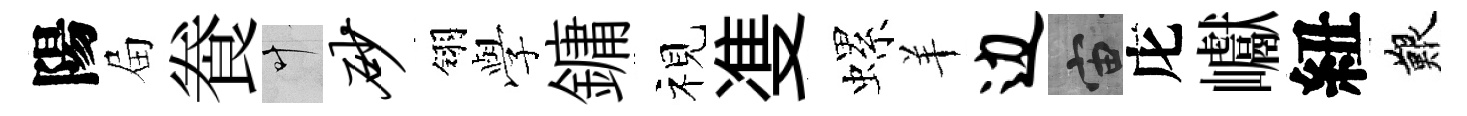
陽屇飬叶砂翎𫝯鏞视㕠螺羊边宙庀巘紐艱